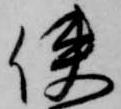
使